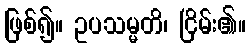
ဖြစ်၍။ ဥပသမ္မတိ၊ ငြိမ်း၏။